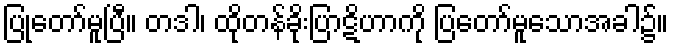
ပြုတော်မူပြီ။ တဒါ၊ ထိုတန်ခိုးပြာဋိဟာကို ပြတော်မူသောအခါ၌။